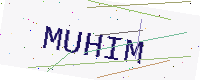
Text: MUHIM